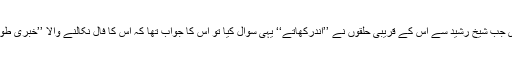
دروغ بَر گردنِ راوی جب شیخ رشید سے اُس کے قریبی حلقوں نے ’’اَندرکھاتے‘‘ یہی سوال کیا تو اُس کا جواب تھا کہ اُس کا فال نکالنے والا ’’خبری طوطا‘‘ یہ خبر لایا ہے۔